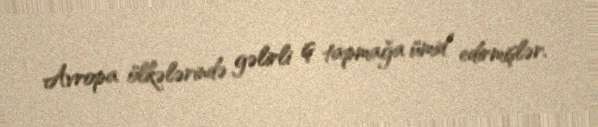
Avropa ölkələrində gəlirli iş tapmağa ümid edirmişlər.